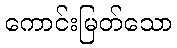
ကောင်းမြတ်သော